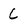
Character: C